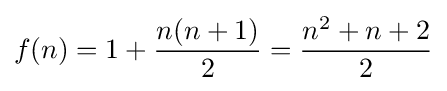
f(n)=1+{\frac {n(n+1)}{2}}={\frac {n^{2}+n+2}{2}}